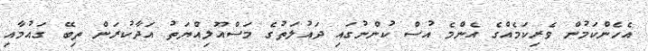
އެހެންކަމުން ވެރިކަމެއްގެ އެންމެ އުސް ކުންނުގައި ދައުލަތުގެ މަސްއޫލިއްޔަތު އަދާކުރަން ތިބޭ ގައުމާއި